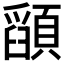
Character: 𮨚